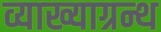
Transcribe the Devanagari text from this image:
व्याख्याग्रन्थ